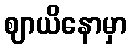
ဈာယိနောမှာ